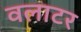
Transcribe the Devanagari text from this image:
वलाटर